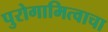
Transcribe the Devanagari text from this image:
पुरोगामित्वाचा